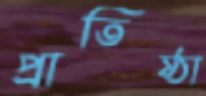
প্রাতিষ্ঠা